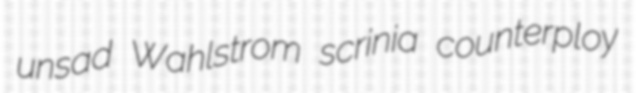
unsad Wahlstrom scrinia counterploy